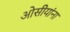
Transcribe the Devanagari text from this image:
ओसीयांना